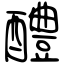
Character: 醴